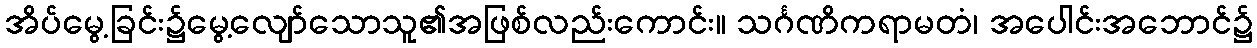
အိပ်မွေ့ခြင်း၌မွေ့လျော်သောသူ၏အဖြစ်လည်းကောင်း။ သင်္ဂဏိကရာမတံ၊ အပေါင်းအဘောင်၌